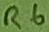
Text: R6